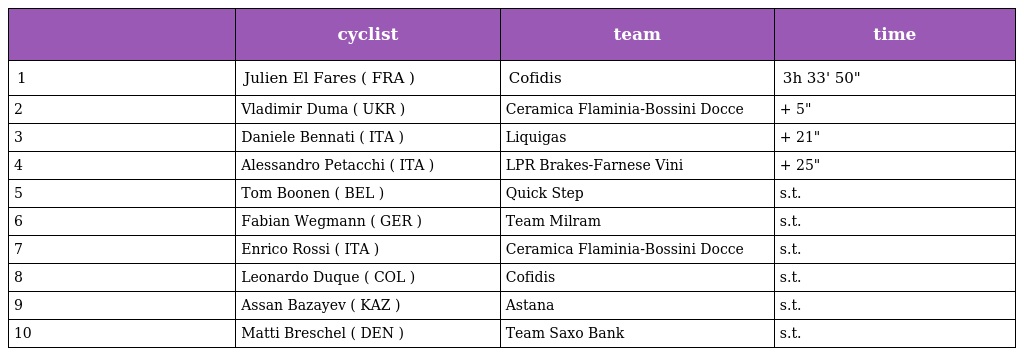
|  | cyclist | team | time |
 | --- | --- | --- | --- |
 | 1 | Julien El Fares ( FRA ) | Cofidis | 3h 33' 50" |
 | 2 | Vladimir Duma ( UKR ) | Ceramica Flaminia-Bossini Docce | + 5" |
 | 3 | Daniele Bennati ( ITA ) | Liquigas | + 21" |
 | 4 | Alessandro Petacchi ( ITA ) | LPR Brakes-Farnese Vini | + 25" |
 | 5 | Tom Boonen ( BEL ) | Quick Step | s.t. |
 | 6 | Fabian Wegmann ( GER ) | Team Milram | s.t. |
 | 7 | Enrico Rossi ( ITA ) | Ceramica Flaminia-Bossini Docce | s.t. |
 | 8 | Leonardo Duque ( COL ) | Cofidis | s.t. |
 | 9 | Assan Bazayev ( KAZ ) | Astana | s.t. |
 | 10 | Matti Breschel ( DEN ) | Team Saxo Bank | s.t. |